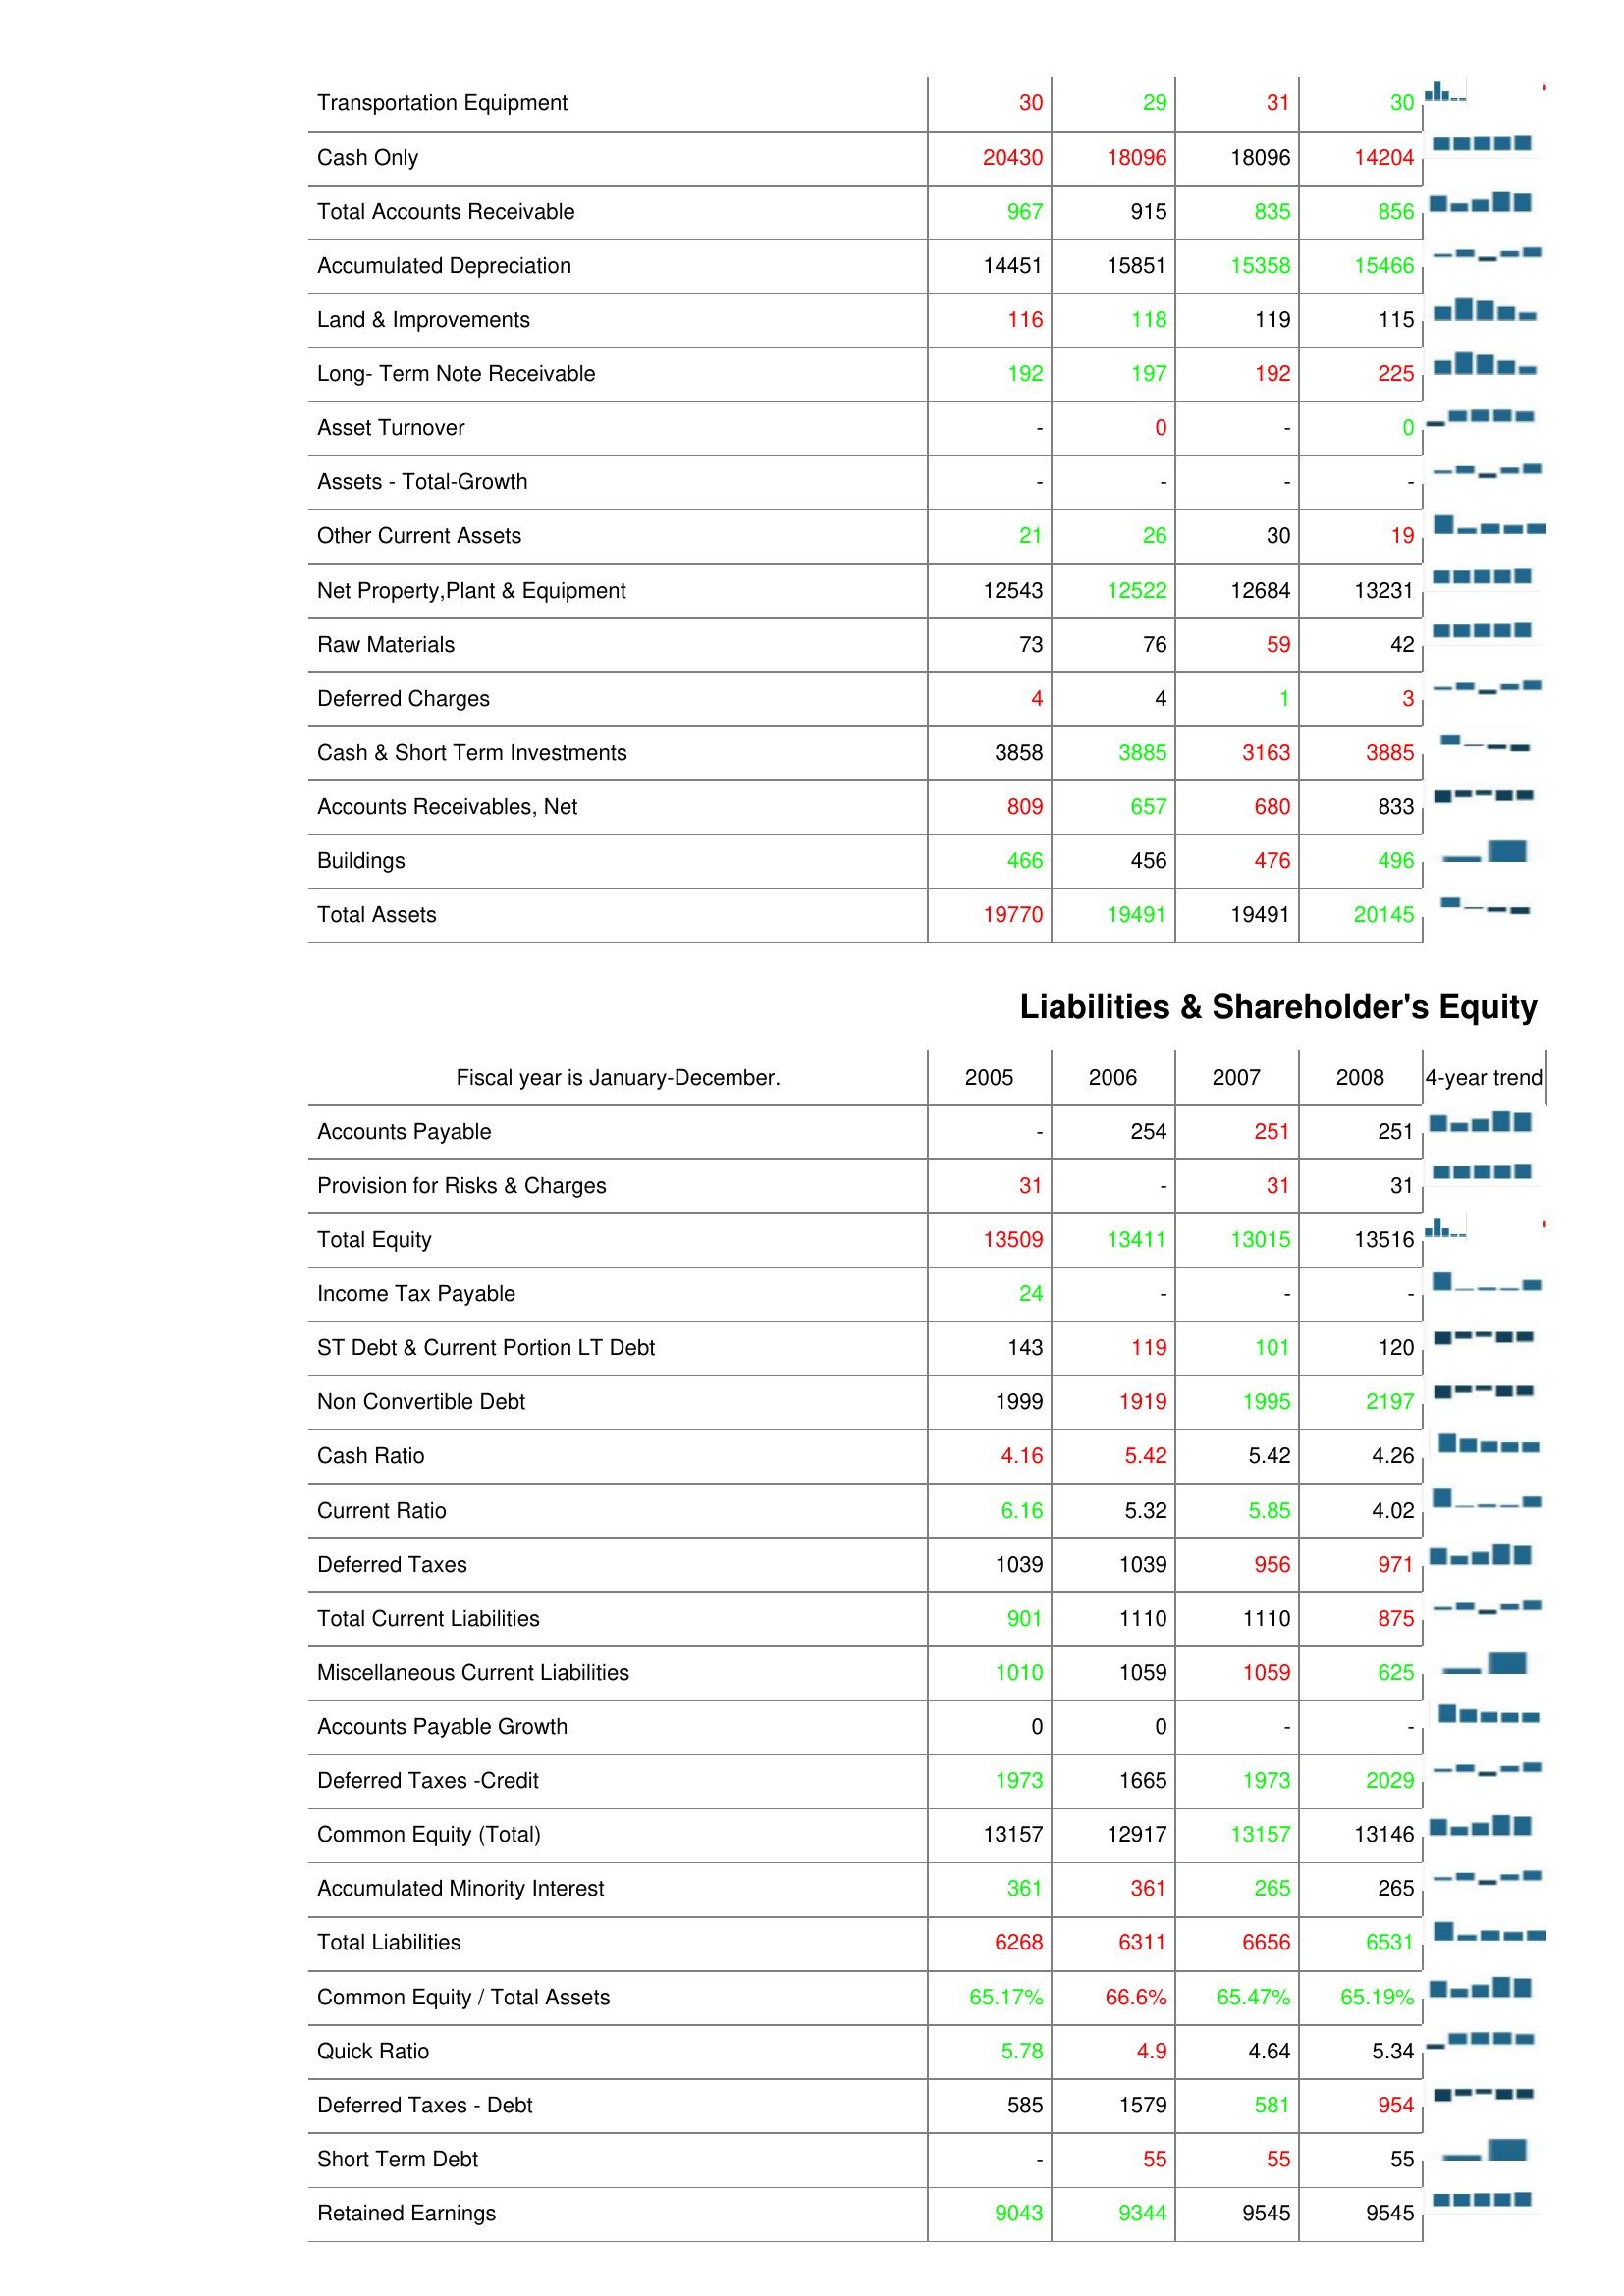
2005: Assets: Transportation Equipment: 30
Cash Only: 20430
Total Accounts Receivable: 967
Accumulated Depreciation: 14451
Land & Improvements: 116
Long- Term Note Receivable: 192
Asset Turnover: -
Assets - Total-Growth: -
Other Current Assets: 21
Net Property,Plant & Equipment: 12543
Raw Materials: 73
Deferred Charges: 4
Cash & Short Term Investments: 3858
Accounts Receivables, Net: 809
Buildings: 466
Total Assets: 19770
Liabilities & Shareholder's Equity: Accounts Payable: -
Provision for Risks & Charges: 31
Total Equity: 13509
Income Tax Payable: 24
ST Debt & Current Portion LT Debt: 143
Non Convertible Debt: 1999
Cash Ratio: 4.16
Current Ratio: 6.16
Deferred Taxes: 1039
Total Current Liabilities: 901
Miscellaneous Current Liabilities: 1010
Accounts Payable Growth: 0
Deferred Taxes -Credit: 1973
Common Equity (Total): 13157
Accumulated Minority Interest: 361
Total Liabilities: 6268
Common Equity / Total Assets: 65.17%
Quick Ratio: 5.78
Deferred Taxes - Debt: 585
Short Term Debt: -
Retained Earnings: 9043
2006: Assets: Transportation Equipment: 29
Cash Only: 18096
Total Accounts Receivable: 915
Accumulated Depreciation: 15851
Land & Improvements: 118
Long- Term Note Receivable: 197
Asset Turnover: 0
Assets - Total-Growth: -
Other Current Assets: 26
Net Property,Plant & Equipment: 12522
Raw Materials: 76
Deferred Charges: 4
Cash & Short Term Investments: 3885
Accounts Receivables, Net: 657
Buildings: 456
Total Assets: 19491
Liabilities & Shareholder's Equity: Accounts Payable: 254
Provision for Risks & Charges: -
Total Equity: 13411
Income Tax Payable: -
ST Debt & Current Portion LT Debt: 119
Non Convertible Debt: 1919
Cash Ratio: 5.42
Current Ratio: 5.32
Deferred Taxes: 1039
Total Current Liabilities: 1110
Miscellaneous Current Liabilities: 1059
Accounts Payable Growth: 0
Deferred Taxes -Credit: 1665
Common Equity (Total): 12917
Accumulated Minority Interest: 361
Total Liabilities: 6311
Common Equity / Total Assets: 66.6%
Quick Ratio: 4.9
Deferred Taxes - Debt: 1579
Short Term Debt: 55
Retained Earnings: 9344
2007: Assets: Transportation Equipment: 31
Cash Only: 18096
Total Accounts Receivable: 835
Accumulated Depreciation: 15358
Land & Improvements: 119
Long- Term Note Receivable: 192
Asset Turnover: -
Assets - Total-Growth: -
Other Current Assets: 30
Net Property,Plant & Equipment: 12684
Raw Materials: 59
Deferred Charges: 1
Cash & Short Term Investments: 3163
Accounts Receivables, Net: 680
Buildings: 476
Total Assets: 19491
Liabilities & Shareholder's Equity: Accounts Payable: 251
Provision for Risks & Charges: 31
Total Equity: 13015
Income Tax Payable: -
ST Debt & Current Portion LT Debt: 101
Non Convertible Debt: 1995
Cash Ratio: 5.42
Current Ratio: 5.85
Deferred Taxes: 956
Total Current Liabilities: 1110
Miscellaneous Current Liabilities: 1059
Accounts Payable Growth: -
Deferred Taxes -Credit: 1973
Common Equity (Total): 13157
Accumulated Minority Interest: 265
Total Liabilities: 6656
Common Equity / Total Assets: 65.47%
Quick Ratio: 4.64
Deferred Taxes - Debt: 581
Short Term Debt: 55
Retained Earnings: 9545
2008: Assets: Transportation Equipment: 30
Cash Only: 14204
Total Accounts Receivable: 856
Accumulated Depreciation: 15466
Land & Improvements: 115
Long- Term Note Receivable: 225
Asset Turnover: 0
Assets - Total-Growth: -
Other Current Assets: 19
Net Property,Plant & Equipment: 13231
Raw Materials: 42
Deferred Charges: 3
Cash & Short Term Investments: 3885
Accounts Receivables, Net: 833
Buildings: 496
Total Assets: 20145
Liabilities & Shareholder's Equity: Accounts Payable: 251
Provision for Risks & Charges: 31
Total Equity: 13516
Income Tax Payable: -
ST Debt & Current Portion LT Debt: 120
Non Convertible Debt: 2197
Cash Ratio: 4.26
Current Ratio: 4.02
Deferred Taxes: 971
Total Current Liabilities: 875
Miscellaneous Current Liabilities: 625
Accounts Payable Growth: -
Deferred Taxes -Credit: 2029
Common Equity (Total): 13146
Accumulated Minority Interest: 265
Total Liabilities: 6531
Common Equity / Total Assets: 65.19%
Quick Ratio: 5.34
Deferred Taxes - Debt: 954
Short Term Debt: 55
Retained Earnings: 9545